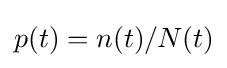
p(t)=n(t)/N(t)